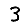
Digit: 3